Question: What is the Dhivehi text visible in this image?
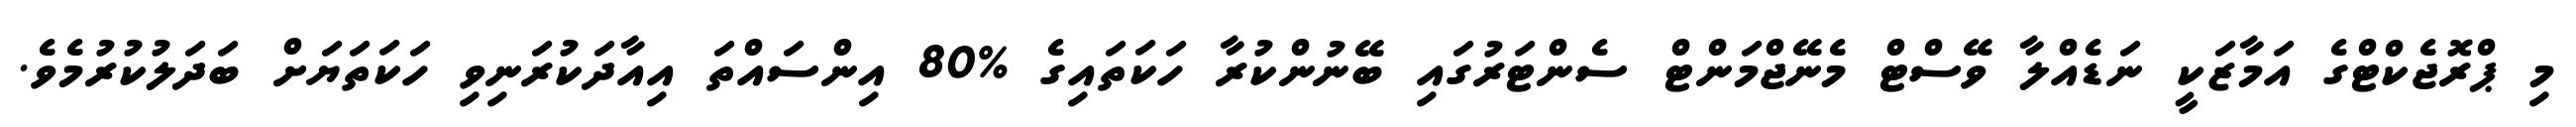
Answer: މި ޕްރޮޖެކްޓްގެ އަމާޒަކީ ނަޑެއްލާ ވޭސްޓް މެނޭޖްމަންޓް ސެންޓަރުގައި ބޭނުންކުރާ ހަކަތައިގެ %80 އިންސައްތަ އިއާދަކުރަނިވި ހަކަތަޔަށް ބަދަލުކުރުމެވެ.